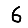
Digit: 6